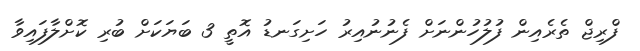
ފްރިޖް ތެރެއިން ފުލުހުންނަށް ފެނުނުއިރު ހަށިގަނޑު އޮތީ 3 ބަޔަކަށް ބުރި ކޮށްލާފައިވާ